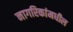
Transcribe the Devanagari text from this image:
नागरिकांमधील